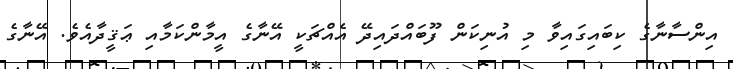
އިންސާނާގެ ކިބައިގައިވާ މި އުނިކަން ފޫބައްދައިދޭ އެއްޗަކީ އޭނާގެ އީމާންކަމާއި ޢަޤީދާއެވެ. އޭނާގެ